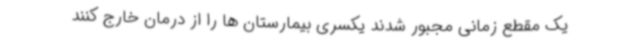
یک مقطع زمانی مجبور شدند یکسری بیمارستان ها را از درمان خارج کنند